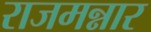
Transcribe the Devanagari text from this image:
राजमन्नार